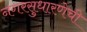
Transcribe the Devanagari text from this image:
नगरसुधारणेची